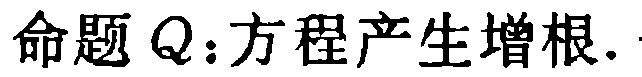
命题 \(Q\)：方程产生增根.